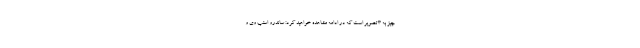
چیز به 3 تصویر است که در ادامه مشاهده خواهید کرد: ساندرو استپ وی و